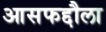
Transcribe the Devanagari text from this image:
आसफद्दौला